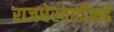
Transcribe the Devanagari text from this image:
राजधेरवाडीकडे